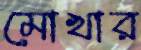
মোখার